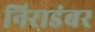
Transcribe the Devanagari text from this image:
निराडंबर